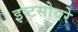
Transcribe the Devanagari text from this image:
इष्टसोयरे